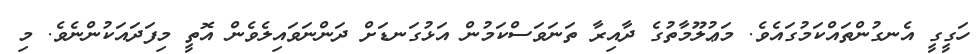
ހަގީގީ އެނގުންތައްކަމުގައެވެ. މަޢުލޫމާތުގެ ދާއިރާ ތަނަވަސްކަމުން އަޅުގަނޑަށް ދަންނަވައިލެވެން އޮތީ މިފަދައަކުންނެވެ. މި